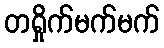
တရှိုက်မက်မက်